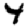
Digit: 4